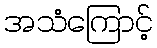
အသံကြောင့်